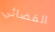
القضائي